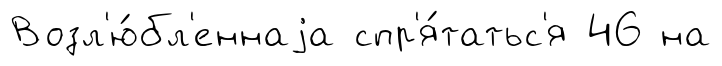
Возл'ю́бл'еннаjа спр'я́татьс'я 46 на